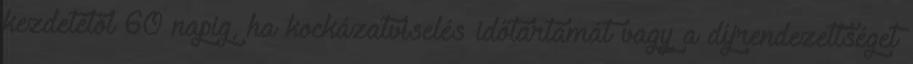
kezdetétől 60 napig, ha kockázatviselés időtartamát vagy a díjrendezettséget